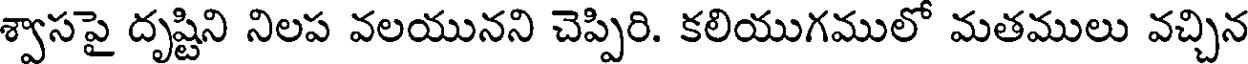
శ్వాసపై దృష్టిని నిలప వలయునని చెప్పిరి. కలియుగములో మతములు వచ్చిన